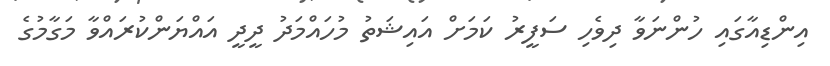
އިންޑިއާގައި ހުންނަވާ ދިވެހި ސަފީރު ކަމަށް އައިޝަތު މުހައްމަދު ދީދީ އައްޔަންކުރައްވާ މަގާމުގެ